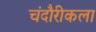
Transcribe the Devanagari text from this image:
चंदौरीकला